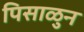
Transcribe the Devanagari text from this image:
पिसाळुन